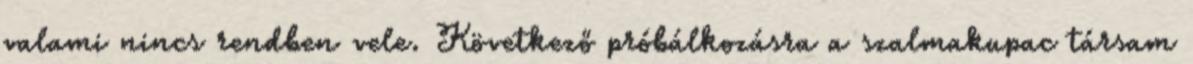
valami nincs rendben vele. Következő próbálkozásra a szalmakupac társam